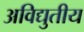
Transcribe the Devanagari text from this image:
अविद्युतीय